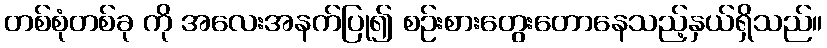
တစ်စုံတစ်ခု ကို အလေးအနက်ပြု၍ စဉ်းစားတွေးတောနေသည့်နှယ်ရှိသည်။